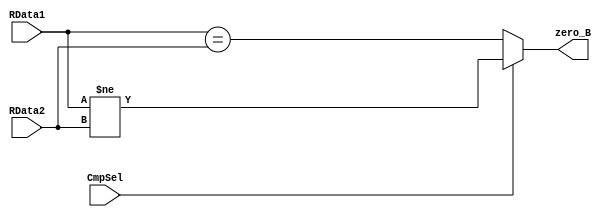
`timescale 1ns / 1ps
module B_Cmp(
    RData1,RData2,zero_B,CmpSel
    );
    input [31:0] RData1;
    input [31:0] RData2;
    input CmpSel; 
    output zero_B;

    assign zero_B = CmpSel?(RData1!=RData2):(RData1==RData2);

endmodule